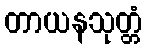
တာယနသုတ္တံ